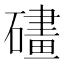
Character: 𱴵